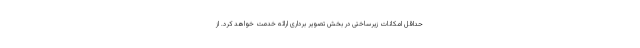
حداقل امکانات زیرساختی در بخش تصویر برداری ارائه خدمت خواهد کرد. از